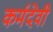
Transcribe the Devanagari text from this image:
कर्मदेवी